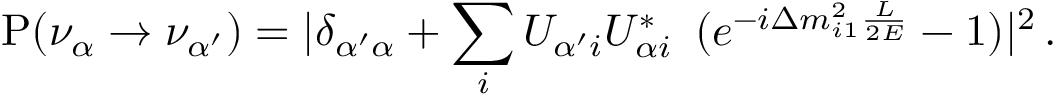
{ \mathrm P } ( \nu _ { \alpha } \to \nu _ { \alpha ^ { \prime } } ) = | \delta _ { { \alpha ^ { \prime } } \alpha } + \sum _ { i } U _ { \alpha ^ { \prime } i } U _ { \alpha i } ^ { * } \, ~ ( e ^ { - i \Delta m _ { i 1 } ^ { 2 } \frac { L } { 2 E } } - 1 ) | ^ { 2 } \, .